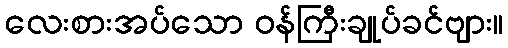
လေးစားအပ်သော ဝန်ကြီးချုပ်ခင်ဗျား။